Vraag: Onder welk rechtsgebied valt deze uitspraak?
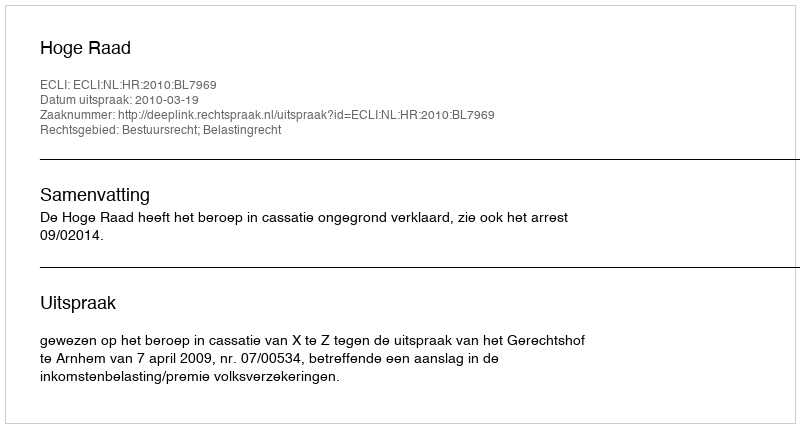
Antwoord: Bestuursrecht; Belastingrecht